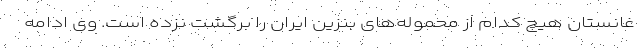
غانستان هیچ کدام از محموله‌های بنزین ایران را برگشت نزده است. وی ادامه